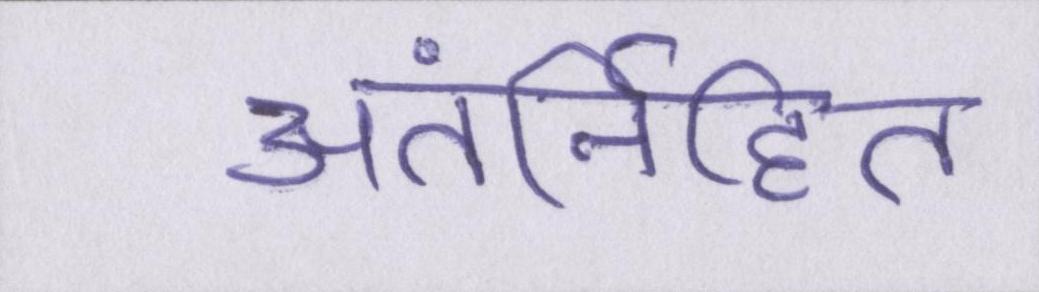
अंतर्निहित